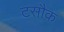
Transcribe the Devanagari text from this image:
टसौक